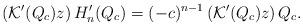
LaTeX: \begin{align*} \left(\mathcal{K}'(Q_c)z\right)H_n'(Q_c)=(-c)^{n-1} \left(\mathcal{K}'(Q_c)z\right)Q_c. \end{align*}